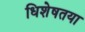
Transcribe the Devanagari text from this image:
धिशेषतया